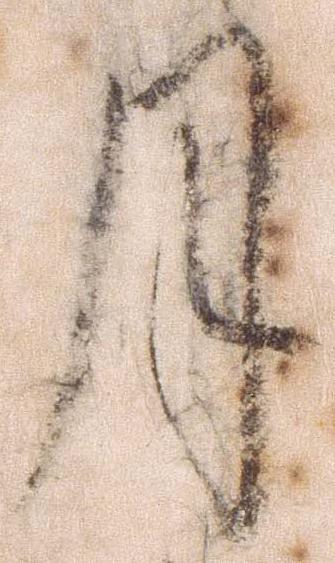
月